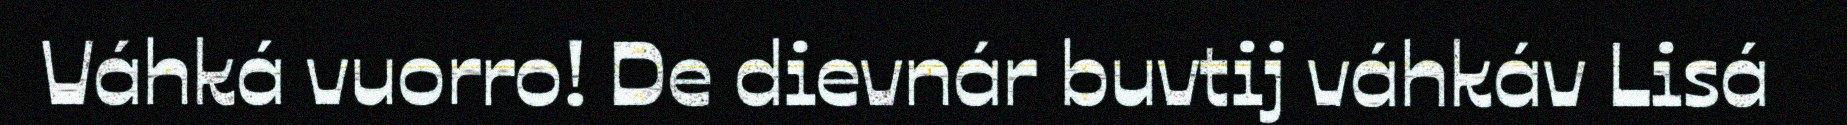
Váhká vuorro! De dievnár buvtij váhkáv Lisá